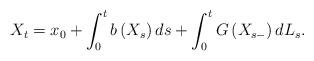
LaTeX: \begin{align*}X_{t}=x_{0}+\int_{0}^{t}b\left( X_{s}\right) ds+\int_{0}^{t}G\left(X_{s-}\right) dL_{s}. \end{align*}